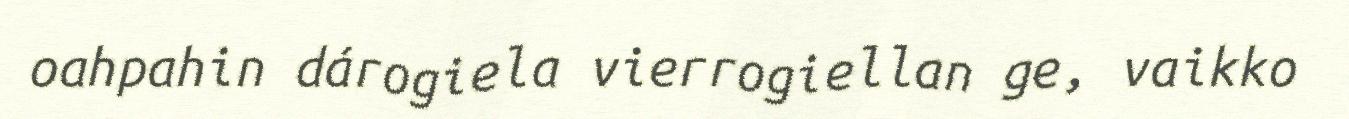
oahpahin dárogiela vierrogiellan ge, vaikko